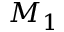
M _ { 1 }